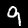
Label: 9